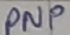
Text: PNP